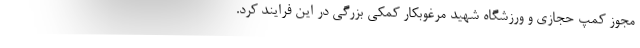
مجوز کمپ حجازی و ورزشگاه شهید مرغوبکار کمکی بزرگی در این فرایند کرد.